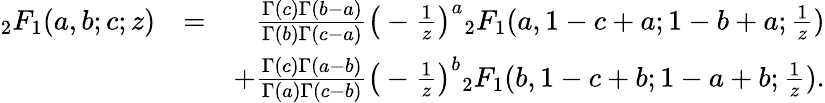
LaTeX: \begin{array}{rlr}{{_2F_{1}}(a,b;c;z)}&{=}&{\frac{\Gamma(c)\Gamma(b-a)}{\Gamma(b)\Gamma(c-a)}\big(-\frac{1}{z}\big)^{a}{_2F_{1}}(a,1-c+a;1-b+a;\frac{1}{z})}\\ &{}&{+\frac{\Gamma(c)\Gamma(a-b)}{\Gamma(a)\Gamma(c-b)}\big(-\frac{1}{z}\big)^{b}{_2F_{1}}(b,1-c+b;1-a+b;\frac{1}{z}).}\end{array}